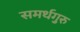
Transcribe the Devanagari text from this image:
समर्थगुरु